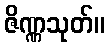
ဇိဏ္ဏသုတ်။